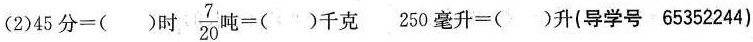
(2)$$4 5 分 = ( ) 时$$ $$\frac { 7 } { 2 0 } = ( ) 千 克$$ $$2 5 0 毫 升 = ( ) 升$$(导学号65352244)